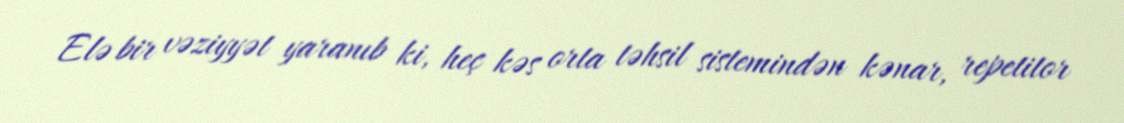
Elə bir vəziyyət yaranıb ki, heç kəs orta təhsil sistemindən kənar, repetitor